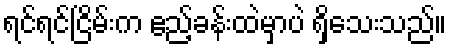
ရင်ရင်ငြိမ်းက ဧည့်ခန်းထဲမှာပဲ ရှိသေးသည်။